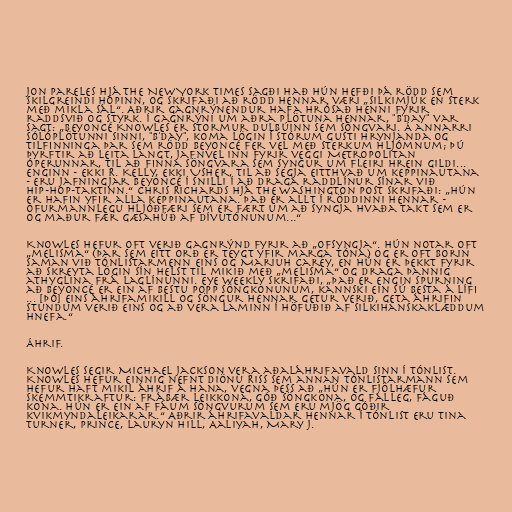
Jon Pareles hjá The New York Times sagði hað hún hefði þá rödd sem
skilgreindi hópinn, og skrifaði að rödd hennar væri „silkimjúk en sterk
með mikla sál“. Aðrir gagnrýnendur hafa hrósað henni fyrir
raddsvið og styrk. Í gagnrýni um aðra plötuna hennar, "B'Day" var
sagt: „Beyoncé Knowles er stormur dulbúinn sem söngvari. Á annarri
sólóplötunni sinni, "B'Day", koma lögin í stórum gusti hrynjanda og
tilfinninga þar sem rödd Beyoncé fer vel með sterkum hljómnum; þú
þyrftir að leita langt, jafnvel inn fyrir veggi Metropolitan
óperunnar, til að finna söngvara sem syngur um fleiri hrein gildi...
Enginn - ekki R. Kelly, ekki Usher, til að segja eitthvað um keppinautana
- eru jafningjar Beyoncé í snilli í að draga raddlínur sínar við
hip-hop-taktinn.“ Chris Richards hjá The Washington Post skrifaði: „Hún
er hafin yfir alla keppinautana. Það er allt í röddinni hennar -
ofurmannlegu hljóðfæri sem er fært um að syngja hvaða takt sem er
og maður fær gæsahúð af dívutónunum...“

Knowles hefur oft verið gagnrýnd fyrir að „ofsyngja“. Hún notar oft
„melisma“ (þar sem eitt orð er teygt yfir marga tóna) og er oft borin
saman við tónlistarmenn eins og Mariuh Carey, en hún er þekkt fyrir
að skreyta lögin sín helst til mikið með „melisma“ og draga þannig
athyglina frá laglínunni. Eye Weekly skrifaði, „Það er engin spurning
að Beyoncé er ein af bestu popp söngkonunum, kannski ein sú besta á lífi
... [þó] eins áhrifamikill og söngur hennar getur verið, geta áhrifin
stundum verið eins og að vera laminn í höfuðið af silkihanskaklæddum
hnefa.“

Áhrif.

Knowles segir Michael Jackson vera aðaláhrifavald sinn í tónlist.
Knowles hefur einnig nefnt Diönu Riss sem annan tónlistarmann sem
hefur haft mikil áhrif á hana, vegna þess að „hún er fjölhæfur
skemmtikraftur: frábær leikkona, góð söngkona, og falleg, fáguð
kona. Hún er ein af fáum söngvurum sem eru mjög góðir
kvikmyndaleikarar.“ Aðrir áhrifavaldar hennar í tónlist eru Tina
Turner, Prince, Lauryn Hill, Aaliyah, Mary J.